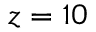
z = 1 0